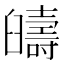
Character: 𦦰